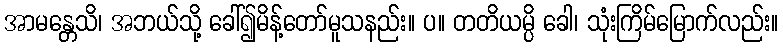
အာမန္တေသိ၊ အဘယ်သို့ ခေါ်၍မိန့်တော်မူသနည်း။ ပ။ တတိယမ္ပိ ခေါ၊ သုံးကြိမ်မြောက်လည်း။